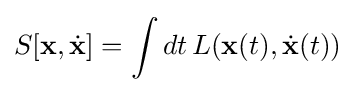
S[\mathbf {x} ,{\dot {\mathbf {x} }}]=\int dt\,L(\mathbf {x} (t),{\dot {\mathbf {x} }}(t))